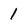
Character: 1